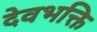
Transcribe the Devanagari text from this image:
देवभक्ति